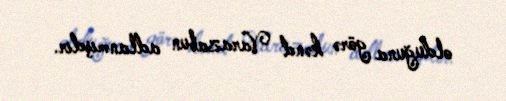
olduğuna görə kənd Varazabun adlanmışdır.